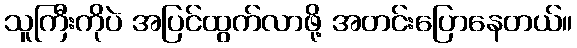
သူကြီးကိုပဲ အပြင်ထွက်လာဖို့ အတင်းပြောနေတယ်။